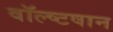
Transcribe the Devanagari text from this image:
वॉल्ष्टषान